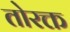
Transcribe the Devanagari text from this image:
तोरक्त